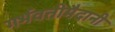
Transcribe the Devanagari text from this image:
गर्भवतीमैदानी